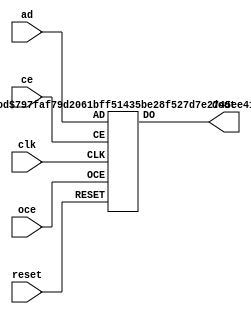
// mocks src/gowin_prom/gowin_prom.v:progROM
module progROM(dout, clk, oce, ce, reset, ad);
    parameter BIT_WIDTH = 8;
    parameter ADDR_DEPTH = 4096;

    output [7:0] dout;
    input clk;
    input oce;
    input ce;
    input reset;
    input [11:0] ad;

    pROM prom_inst_0 (
        .DO(dout),
        .CLK(clk),
        .OCE(oce),
        .CE(ce),
        .RESET(reset),
        .AD(ad)
    );

    defparam prom_inst_0.BIT_WIDTH = BIT_WIDTH;
    defparam prom_inst_0.ADDR_DEPTH = ADDR_DEPTH;
endmodule //progROM

// mocks gowin pROM
module pROM(DO, CLK, OCE, CE, RESET, AD);
    parameter BIT_WIDTH  = 1;
    parameter ADDR_DEPTH = 256;
    parameter ADDR_WIDTH = $clog2(ADDR_DEPTH);
    parameter [(ADDR_WIDTH-1):0] INIT_RAM_00 = 256'h0;

    output wire [(BIT_WIDTH-1):0] DO;
    input wire [(ADDR_WIDTH-1):0] AD;
    input wire CLK, OCE, CE, RESET;

    reg [(ADDR_WIDTH-1):0] mem [(BIT_WIDTH-1):0];
    reg [(ADDR_WIDTH-1):0] rmem [(BIT_WIDTH-1):0];

    integer addr;

    always @(posedge CLK) begin
        if (RESET) begin
            for (addr = 0; addr < ADDR_DEPTH; addr = addr + 1) begin
                mem[addr] <= 0;
            end
        end
    end
endmodule // pROM